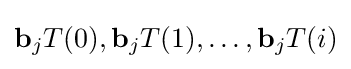
\mathbf {b} _{j}T(0),\mathbf {b} _{j}T(1),\dots ,\mathbf {b} _{j}T(i)